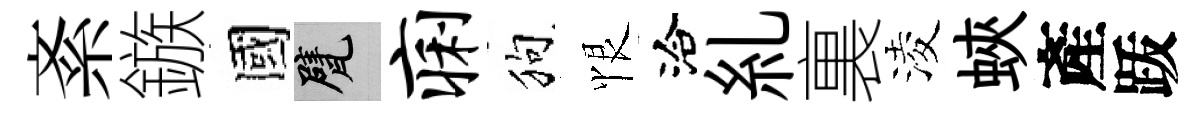
紊鏃國甓痢狗恨洽糺裏淩蛺產䟦